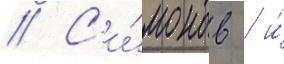
// С'и́монов / и́